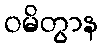
ဝမိတွာန